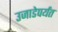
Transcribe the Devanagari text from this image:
उजाडेपर्यंत